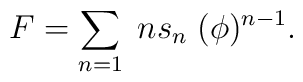
F =  \sum_{n=1}\; n s_{n}\; (\phi)^{n-1}.